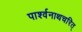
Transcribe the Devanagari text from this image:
पार्श्वनाथचरित्